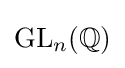
\mathrm {GL} _{n}(\mathbb {Q} )